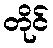
တိုင်